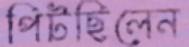
পিটছিলেন